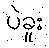
ပဲခူး